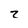
Character: z